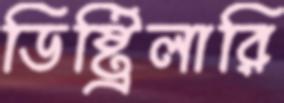
ডিষ্ট্রিলারি